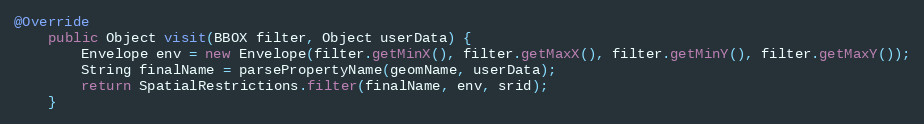
Language: Java
@Override
	public Object visit(BBOX filter, Object userData) {
		Envelope env = new Envelope(filter.getMinX(), filter.getMaxX(), filter.getMinY(), filter.getMaxY());
		String finalName = parsePropertyName(geomName, userData);
		return SpatialRestrictions.filter(finalName, env, srid);
	}